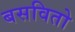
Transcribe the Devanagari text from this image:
बसवितो